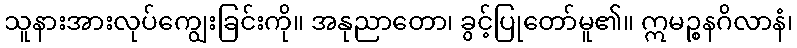
သူနားအားလုပ်ကျွေးခြင်းကို။ အနုညာတော၊ ခွင့်ပြုတော်မူ၏။ ဣမဉ္စနဂိလာနံ၊